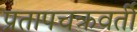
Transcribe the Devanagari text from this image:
प्रतापचक्रवर्ती